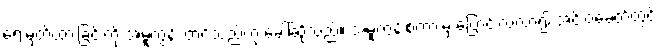
ရေးမှတ်ထားခြင်းကို အမူကွန်း တင်သည်ဟု ခေါ်ဆိုသည်။ အမူကွန်းစကားမှ ပြောင်းလဲလာ၍ အင်းဝခေတ်တွင်